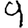
Digit: 9